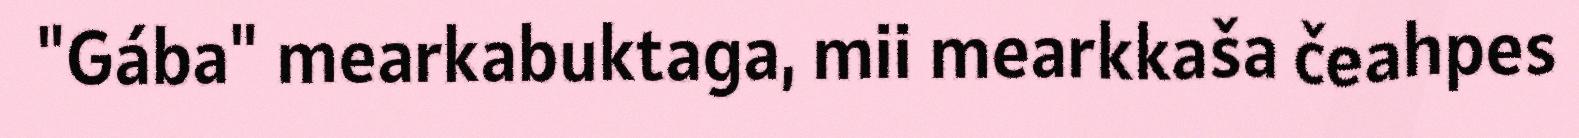
"Gába" mearkabuktaga, mii mearkkaša čeahpes